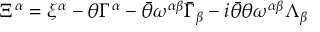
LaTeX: \Xi ^ { \alpha } = \xi ^ { \alpha } - \theta \Gamma ^ { \alpha } - \bar { \theta } \omega ^ { \alpha \beta } \bar { \Gamma } _ { \beta } - i \bar { \theta } \theta \omega ^ { \alpha \beta } \Lambda _ { \beta }